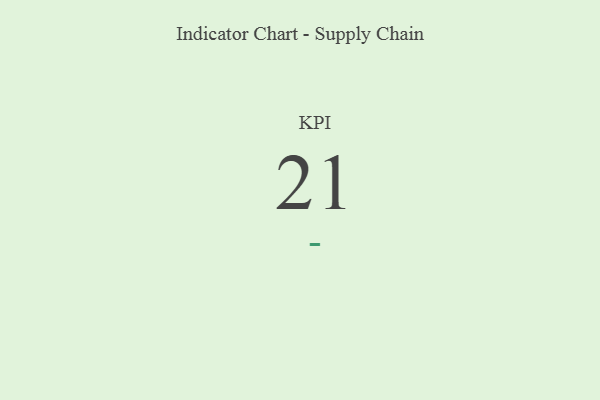
{"axis": {"x": "KPI", "y": "Value"}, "legend": [""], "data": [{"x": "KPI", "y": 21, "type": ""}]}